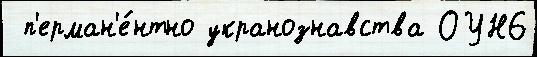
 п'ерман'е́нтно укранознавства ОУН6